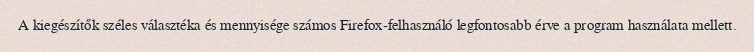
A kiegészítők széles választéka és mennyisége számos Firefox-felhasználó legfontosabb érve a program használata mellett.